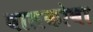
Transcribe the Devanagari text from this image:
बालकोबा